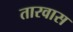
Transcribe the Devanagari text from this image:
तारवास